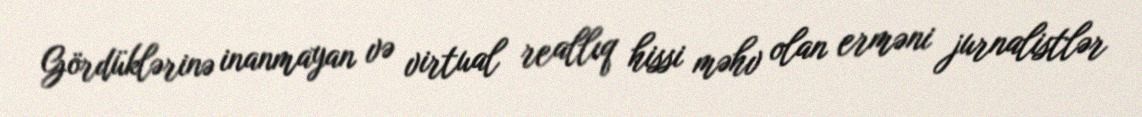
Gördüklərinə inanmayan və virtual reallıq hissi məhv olan erməni jurnalistlər